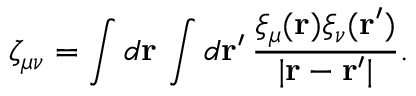
\zeta _ { \mu \nu } = \int d \mathbf { r } \, \int d \mathbf { r } ^ { \prime } \, \frac { \xi _ { \mu } ( \mathbf { r } ) \xi _ { \nu } ( \mathbf { r } ^ { \prime } ) } { | \mathbf { r } - \mathbf { r } ^ { \prime } | } .